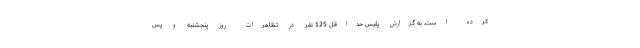
کرده است. به گزارش پلیس حداقل 125 نفر در تظاهرات روز پنجشنبه و پس